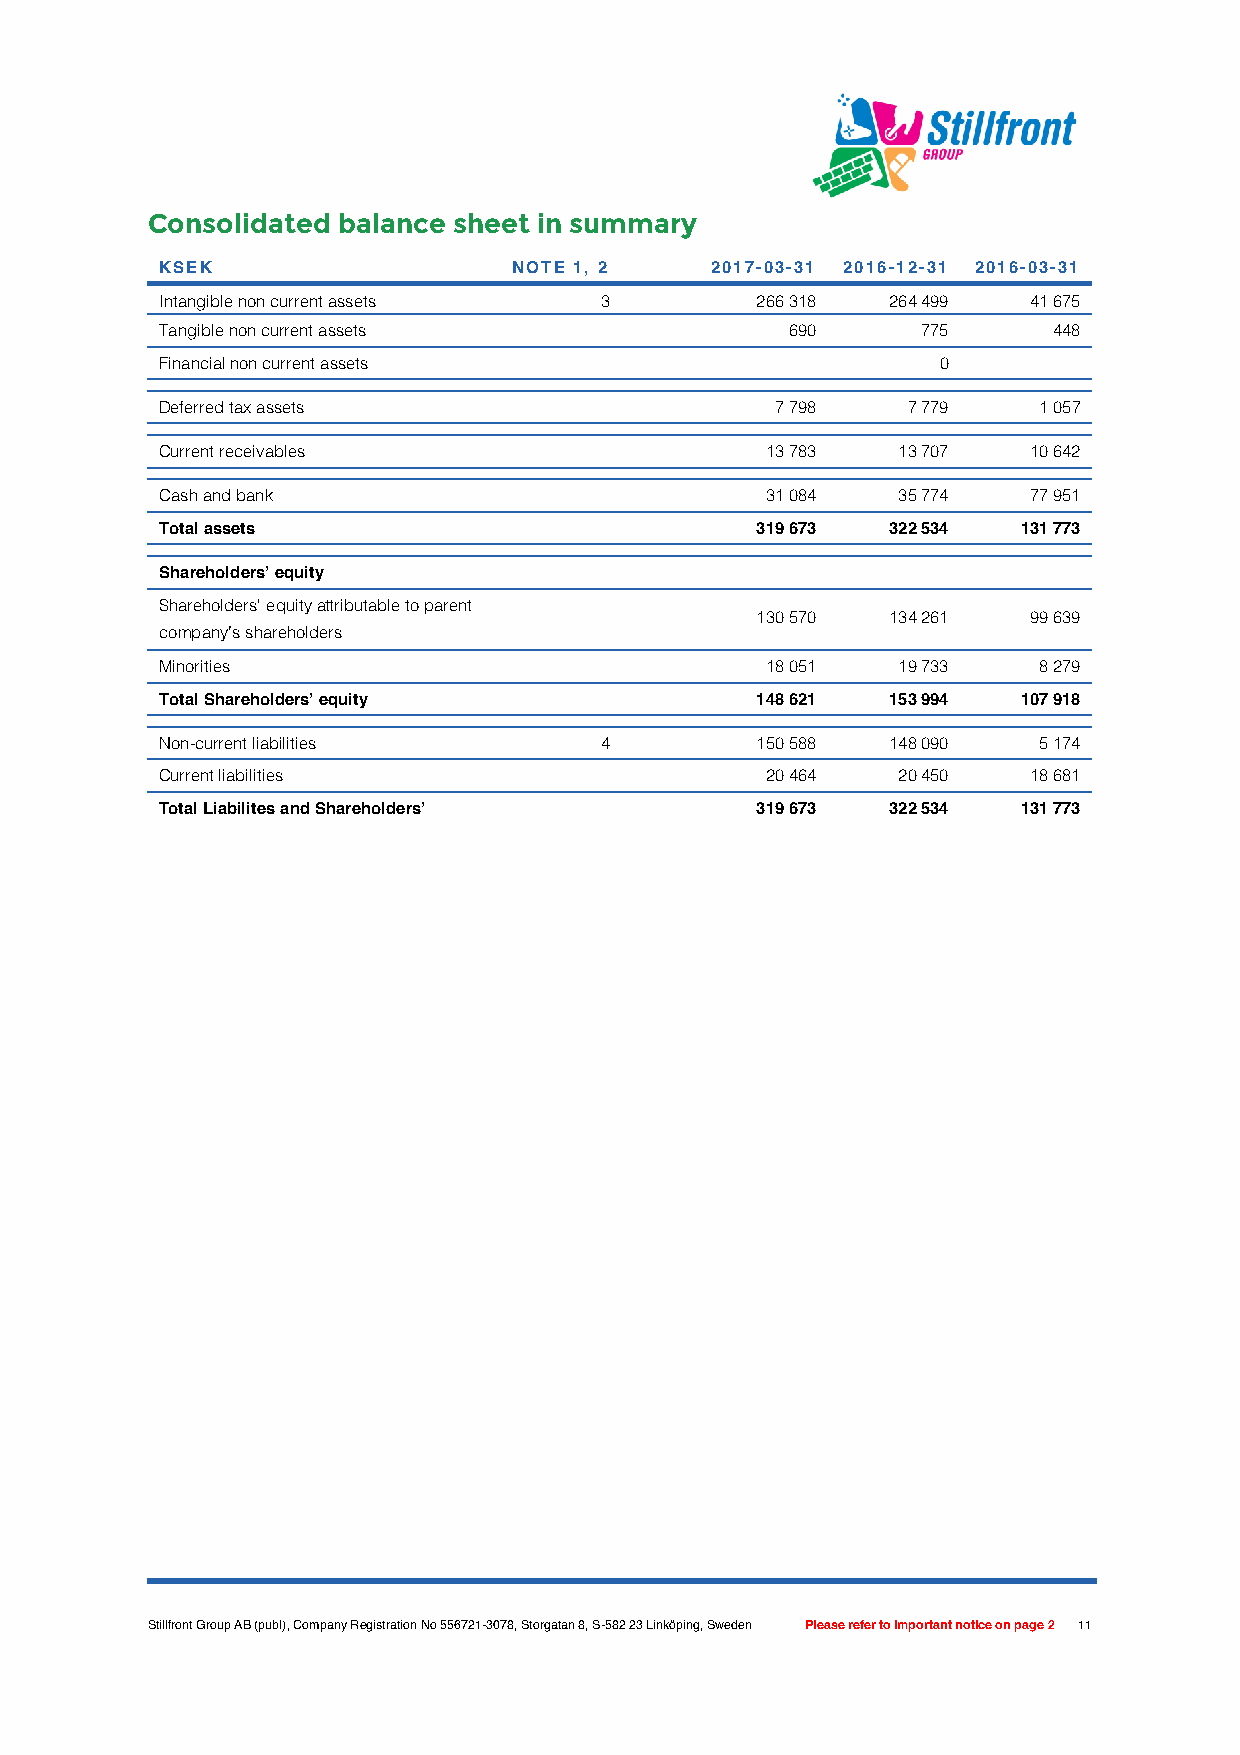
Consolidated balance sheet in summary
 KSEK                   NOTE 1, 2    2017-03-31 2016-12-31 2016-03-31
 Intangible non current assets 3        266 318  264 499  41 675
 Tangible non current assets              690      775      448
 Financial non current assets                       0
 Deferred tax assets                     7 798    7 779    1 057
 Current receivables                     13 783  13 707   10 642
 Cash and bank                           31 084  35 774   77 951
 Total assets                           319 673  322 534  131 773
 Shareholders’ equity
 Shareholders' equity attributable to parent
 130 570  134 261  99 639
 company’s shareholders
 Minorities                              18 051  19 733    8 279
 Total Shareholders’ equity             148 621  153 994  107 918
 Non-current liabilities      4         150 588  148 090   5 174
 Current liabilities                     20 464  20 450   18 681
 Total Liabilites and Shareholders’     319 673  322 534  131 773
 equity
 Stillfront Group AB (publ), Company Registration No 556721-3078, Storgatan 8, S-582 23 Linköping, Sweden Please refer to important notice on page 2 11